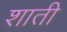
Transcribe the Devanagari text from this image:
शाती